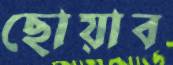
ছোয়াব